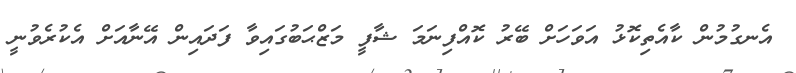
އެނގުމުން ކާއެތިކޮޅު އަވަހަށް ބޭރު ކޮއްފިނަމަ ޝާފީ މަޒްޙަބުގައިވާ ފަދައިން އޭނާއަށް އެކުރެވުނީ